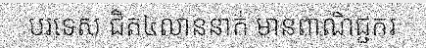
បរទេស ជិត៤លាននាក់ មានពាណិជ្ជករ